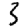
Digit: 3